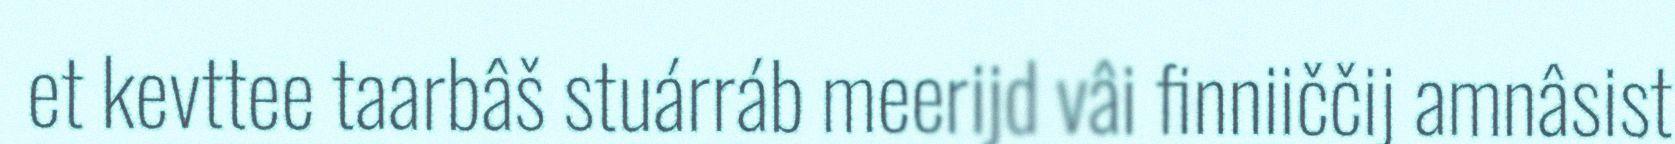
et kevttee taarbâš stuárráb meerijd vâi finniiččij amnâsist